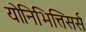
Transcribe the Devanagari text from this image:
योनिभित्तिसर्स